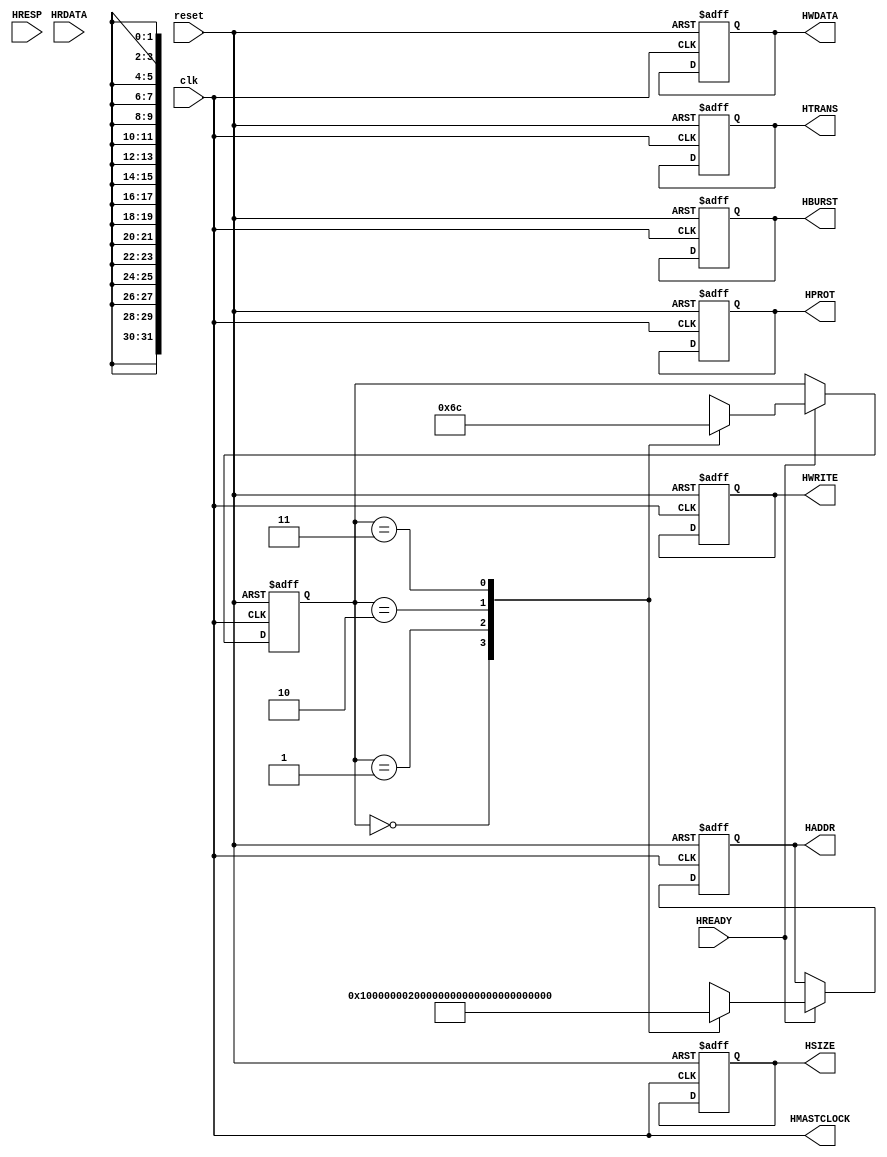

`timescale 1ns/1ns

module Master(
    input [31:0] HRDATA,
	  input HREADY, HRESP,clk, reset,
	  output reg [0:0] HWRITE,
	  output wire [0:0] HMASTCLOCK,
	  output reg [31:0] HADDR, HWDATA,
	  output reg [3:0] HPROT,
	  output reg [2:0] HSIZE,HBURST,
	  output reg [1:0] HTRANS);
    localparam S1=2'b00;
    localparam S2=2'b01;
    localparam S3=2'b10;
    localparam SF=2'b11;
    reg [1:0] state;
   
  
	  
	  always@(posedge(clk) or posedge(reset))
	  begin
		if(reset)begin
		    HWRITE<=32'b0;
	      HPROT<=0;
	      HSIZE<=0;
	      HBURST<=0;
	      HTRANS<=0;
	      HWDATA<=0;
	   	  state<=S1;
		    HADDR<=32'h10000000;
		 end
		else if(HREADY)
	  begin
			case (state)
			
			2'b00: begin
			    HADDR<=32'h10000000;
			    state<=S2;
			      end
		  2'b01: begin
		      HADDR<=32'h20000000;
			    state<=S3;
			    end
			       
			2'b10: begin
			    HADDR<=32'h30000000;
			    state<=SF;
			    end
		  2'b11:  begin
	        HADDR<=32'hF0000000;
			    state<=S1;
			    end
		
			endcase
		
		end

		end
	 
    assign HMASTCLOCK=clk;
 
   

endmodule